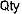
QTY